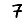
Digit: 7